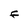
Character: F